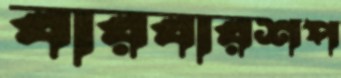
বারবারশপ